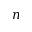
n